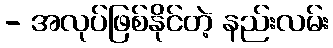
- အလုပ်ဖြစ်နိုင်တဲ့ နည်းလမ်း